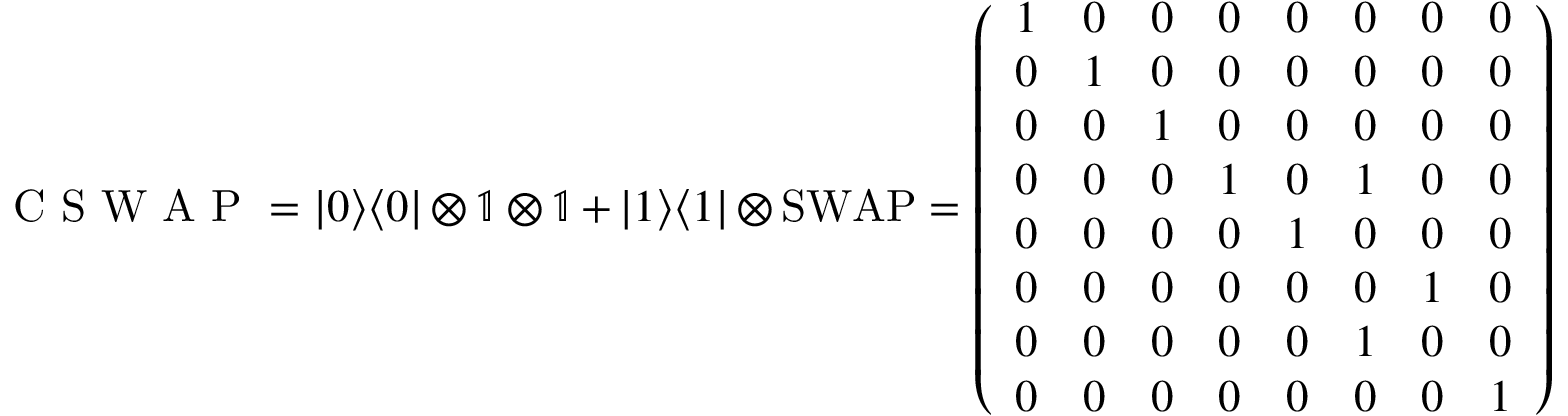
\mathrm { ~ C ~ S ~ W ~ A ~ P ~ } = | 0 \rangle \langle 0 | \otimes \mathbb { 1 } \otimes \mathbb { 1 } + | 1 \rangle \langle 1 | \otimes \mathrm { { S W A P } = \left( \begin{array} { l l l l l l l l } { 1 } & { 0 } & { 0 } & { 0 } & { 0 } & { 0 } & { 0 } & { 0 } \\ { 0 } & { 1 } & { 0 } & { 0 } & { 0 } & { 0 } & { 0 } & { 0 } \\ { 0 } & { 0 } & { 1 } & { 0 } & { 0 } & { 0 } & { 0 } & { 0 } \\ { 0 } & { 0 } & { 0 } & { 1 } & { 0 } & { 1 } & { 0 } & { 0 } \\ { 0 } & { 0 } & { 0 } & { 0 } & { 1 } & { 0 } & { 0 } & { 0 } \\ { 0 } & { 0 } & { 0 } & { 0 } & { 0 } & { 0 } & { 1 } & { 0 } \\ { 0 } & { 0 } & { 0 } & { 0 } & { 0 } & { 1 } & { 0 } & { 0 } \\ { 0 } & { 0 } & { 0 } & { 0 } & { 0 } & { 0 } & { 0 } & { 1 } \end{array} \right) }